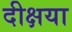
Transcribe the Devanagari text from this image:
दीक्षया